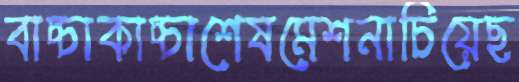
বাচ্চাকাচ্চাশেষমেশনাচিয়েছ